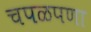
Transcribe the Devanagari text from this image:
चपळपणा